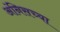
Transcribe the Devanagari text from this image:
अंनिसच्या